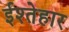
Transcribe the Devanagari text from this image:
ईश्तेहार